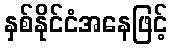
နှစ်နိုင်ငံအနေဖြင့်